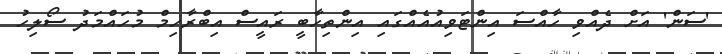
'ސަން' އަށް ދެއްވި ހާއްސަ އިންޓަވިއުއެއްގައި އިންތިހާބީ ރައީސް އިބްރާހިމް މުހައްމަދު ސޯލިހު